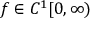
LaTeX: f \in C ^ { 1 } [ 0 , \infty )